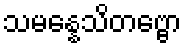
သမန္နေသိတဗ္ဗော